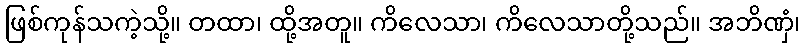
ဖြစ်ကုန်သကဲ့သို့။ တထာ၊ ထို့အတူ။ ကိလေသာ၊ ကိလေသာတို့သည်။ အဘိဏှံ၊